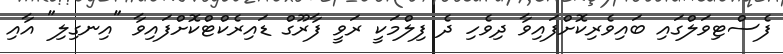
ފެސްޓިވަލްގައި ބައިވެރިކޮށްފައިވާ ދިވެހި ދެ ފިލްމަކީ ރަވީ ފާރޫގް ޑައިރެކްޓްކޮށްފައިވާ "އިނގިލި" އާއި